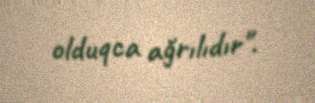
olduqca ağrılıdır".